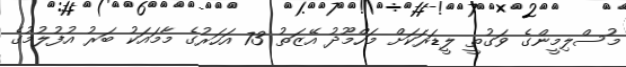
މުސްލިމީންގެ ވަގުތީ ލީޑަރަކަށް މަހްމޫދު އޭޒަތު 73 އަހަރުގެ މާމައަކު ބަރު އުފުލުމުގެ